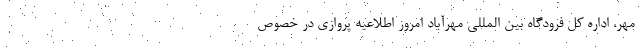
مهر، اداره کل فرودگاه بین المللی مهرآباد امروز اطلاعیه پروازی در خصوص